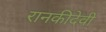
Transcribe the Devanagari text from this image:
रानकीदेवी